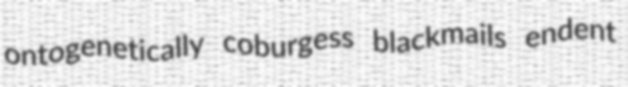
ontogenetically coburgess blackmails endent